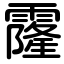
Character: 霳